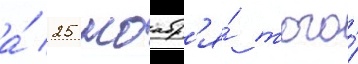
а́ 25 ноабр'я́ того́